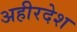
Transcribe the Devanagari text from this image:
अहीरदेश